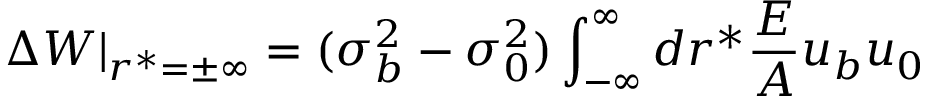
\Delta W | _ { r ^ { * } = \pm \infty } = ( \sigma _ { b } ^ { 2 } - \sigma _ { 0 } ^ { 2 } ) \int _ { - \infty } ^ { \infty } d r ^ { * } \frac { { \cal E } } { { \cal A } } u _ { b } u _ { 0 }